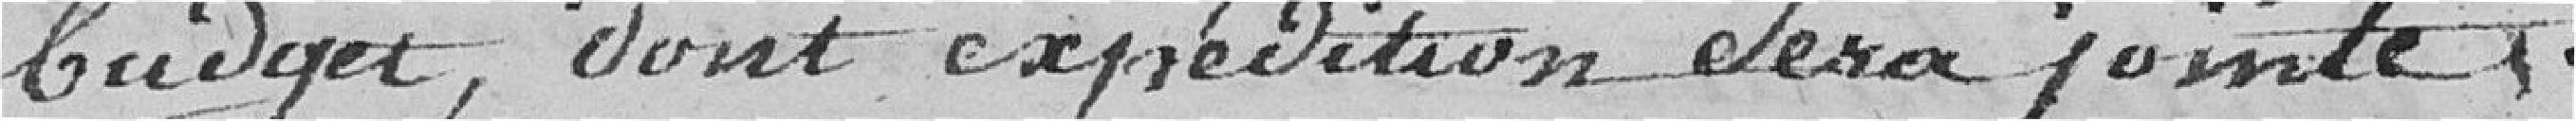
budget, dont expédition sera jointe.